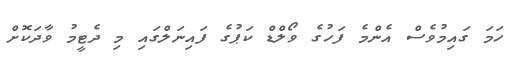
ހަމަ ގައިމުވެސް އެންމެ ފަހުގެ ވޯލްޑް ކަޕުގެ ފައިނަލްގައި މި ދެޓީމު ވާދަކޮށް